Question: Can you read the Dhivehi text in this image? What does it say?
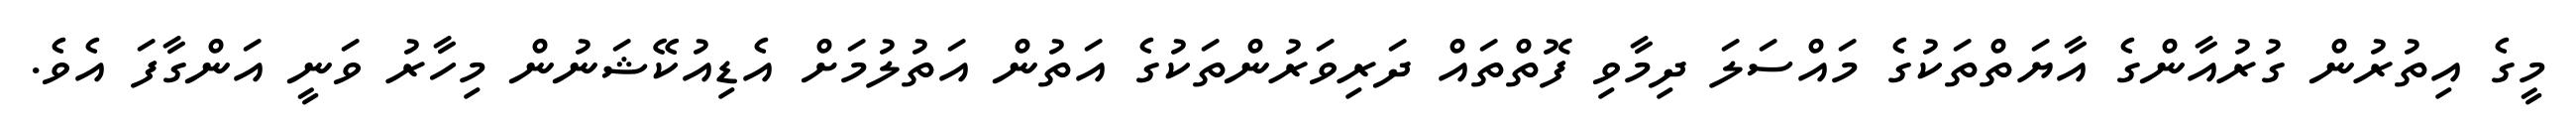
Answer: މީގެ އިތުރުން ގުރުއާންގެ އާޔަތްތަކުގެ މައްސަލަ ދިމާވި ފޮތްތައް ދަރިވަރުންތަކުގެ އަތުން އަތުލުމަށް އެޑިއުކޭޝަނުން މިހާރު ވަނީ އަންގާފަ އެވެ.